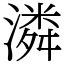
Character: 潾